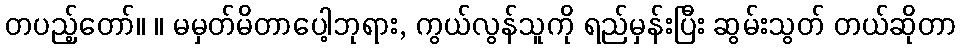
တပည့်တော်။ ။ မမှတ်မိတာပေါ့ဘုရား, ကွယ်လွန်သူကို ရည်မှန်းပြီး ဆွမ်းသွတ် တယ်ဆိုတာ